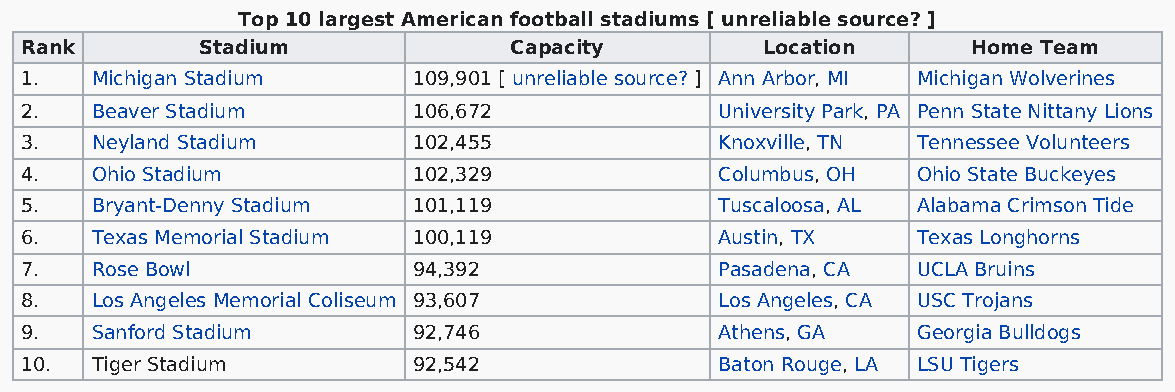
Top 10 largest American football stadiums [ unreliable source? ]
 Rank        Stadium              Capacity         Location     Home Team
 1.   Michigan Stadium     109,901 [ unreliable source? ] Ann Arbor, MI Michigan Wolverines
 2.   Beaver Stadium       106,672              University Park, PA Penn State Nittany Lions
 3.   Neyland Stadium      102,455              Knoxville, TN Tennessee Volunteers
 4.   Ohio Stadium         102,329              Columbus, OH Ohio State Buckeyes
 5.   Bryant-Denny Stadium 101,119              Tuscaloosa, AL Alabama Crimson Tide
 6.   Texas Memorial Stadium 100,119            Austin, TX   Texas Longhorns
 7.   Rose Bowl            94,392               Pasadena, CA UCLA Bruins
 8.   Los Angeles Memorial Coliseum 93,607      Los Angeles, CA USC Trojans
 9.   Sanford Stadium      92,746               Athens, GA   Georgia Bulldogs
 10.  Tiger Stadium        92,542               Baton Rouge, LA LSU Tigers